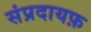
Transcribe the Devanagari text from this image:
संप्रदायफ़